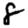
Digit: 8